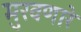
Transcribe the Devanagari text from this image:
मुरवणारे